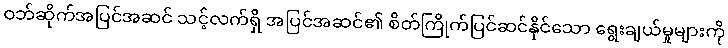
ဝဘ်ဆိုက်အပြင်အဆင် သင့်လက်ရှိ အပြင်အဆင်၏ စိတ်ကြိုက်ပြင်ဆင်နိုင်သော ရွေးချယ်မှုများကို